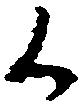
候